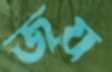
জয়